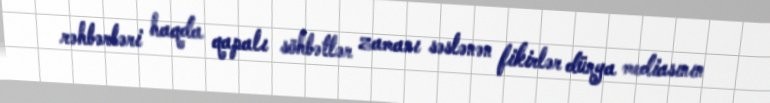
rəhbərləri haqda qapalı söhbətlər zamanı səslənən fikirlər dünya mediasının